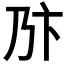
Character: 𠂪